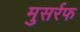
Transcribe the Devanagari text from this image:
मुसर्रफ